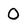
Character: 0